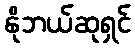
နိုဘယ်ဆုရှင်